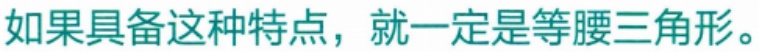
如果具备这种特点，就一定是等腰三角形。